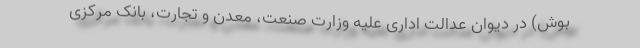
بوش) در دیوان عدالت اداری علیه وزارت صنعت، معدن و تجارت، بانک مرکزی